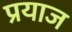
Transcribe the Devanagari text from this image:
प्रयाज